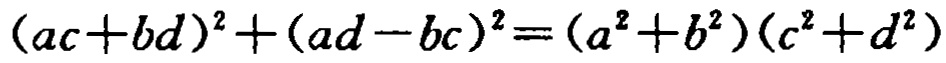
\((ac + bd)^2+(ad - bc)^2=(a^2 + b^2)(c^2 + d^2)\)